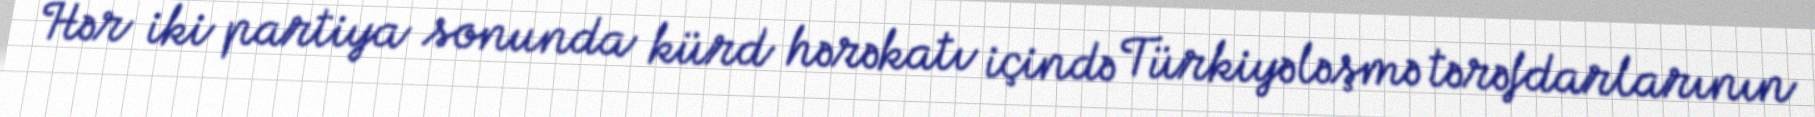
Hər iki partiya sonunda kürd hərəkatı içində Türkiyələşmə tərəfdarlarının